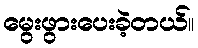
မွေးဖွားပေးခဲ့တယ်။